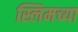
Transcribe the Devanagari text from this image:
स्लिमच्या